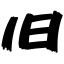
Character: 旧